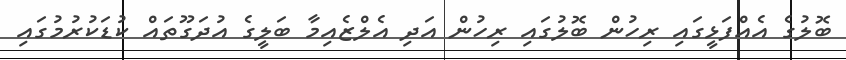
ބޮލުގެ އެއްފަޅީގައި ރިހުން ބޮލުގައި ރިހުން އަދި އެލްޒެއިމާ ބަލީގެ އުދަގޫތައް ކުޑަކުރުމުގައި